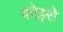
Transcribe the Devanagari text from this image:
कोइरो